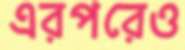
এরপরেও